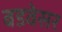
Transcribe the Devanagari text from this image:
बडवेसर